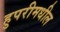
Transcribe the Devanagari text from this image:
हुपरीमधील